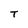
Character: T